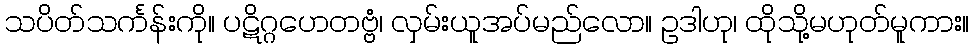
သပိတ်သင်္ကန်းကို။ ပဋိဂ္ဂဟေတဗ္ဗံ၊ လှမ်းယူအပ်မည်လော။ ဥဒါဟု၊ ထိုသို့မဟုတ်မူကား။